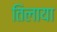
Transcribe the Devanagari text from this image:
तिलाया